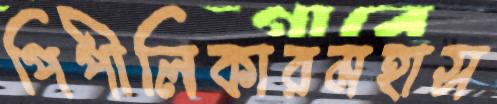
পিপীলিকারমহাস